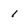
Character: 1